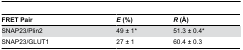
<table><thead><tr><td><b>FRET Pair</b></td><td><b><i>E</i> (%)</b></td><td><b><i>R</i> (Å)</b></td></tr></thead><tbody><tr><td>SNAP23/Plin2</td><td>49 ± 1*</td><td>51.3 ± 0.4*</td></tr><tr><td> SNAP23/GLUT1</td><td>27 ± 1</td><td>60.4 ± 0.3</td></tr></tbody></table>